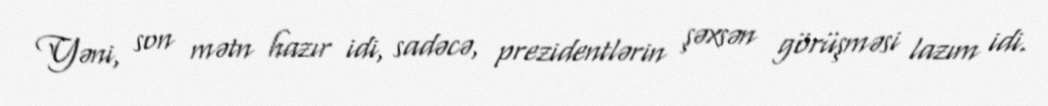
Yəni, son mətn hazır idi, sadəcə, prezidentlərin şəxsən görüşməsi lazım idi.